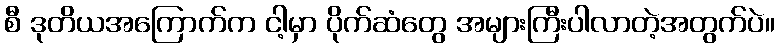
စီ ဒုတိယအကြောက်က ငါ့မှာ ပိုက်ဆံတွေ အများကြီးပါလာတဲ့အတွက်ပဲ။